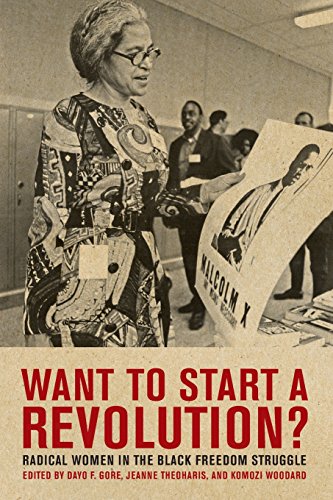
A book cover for Want to Start a Revolution?: Radical Women in the Black Freedom Struggle; Jeanne Theoharis; Gay & Lesbian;